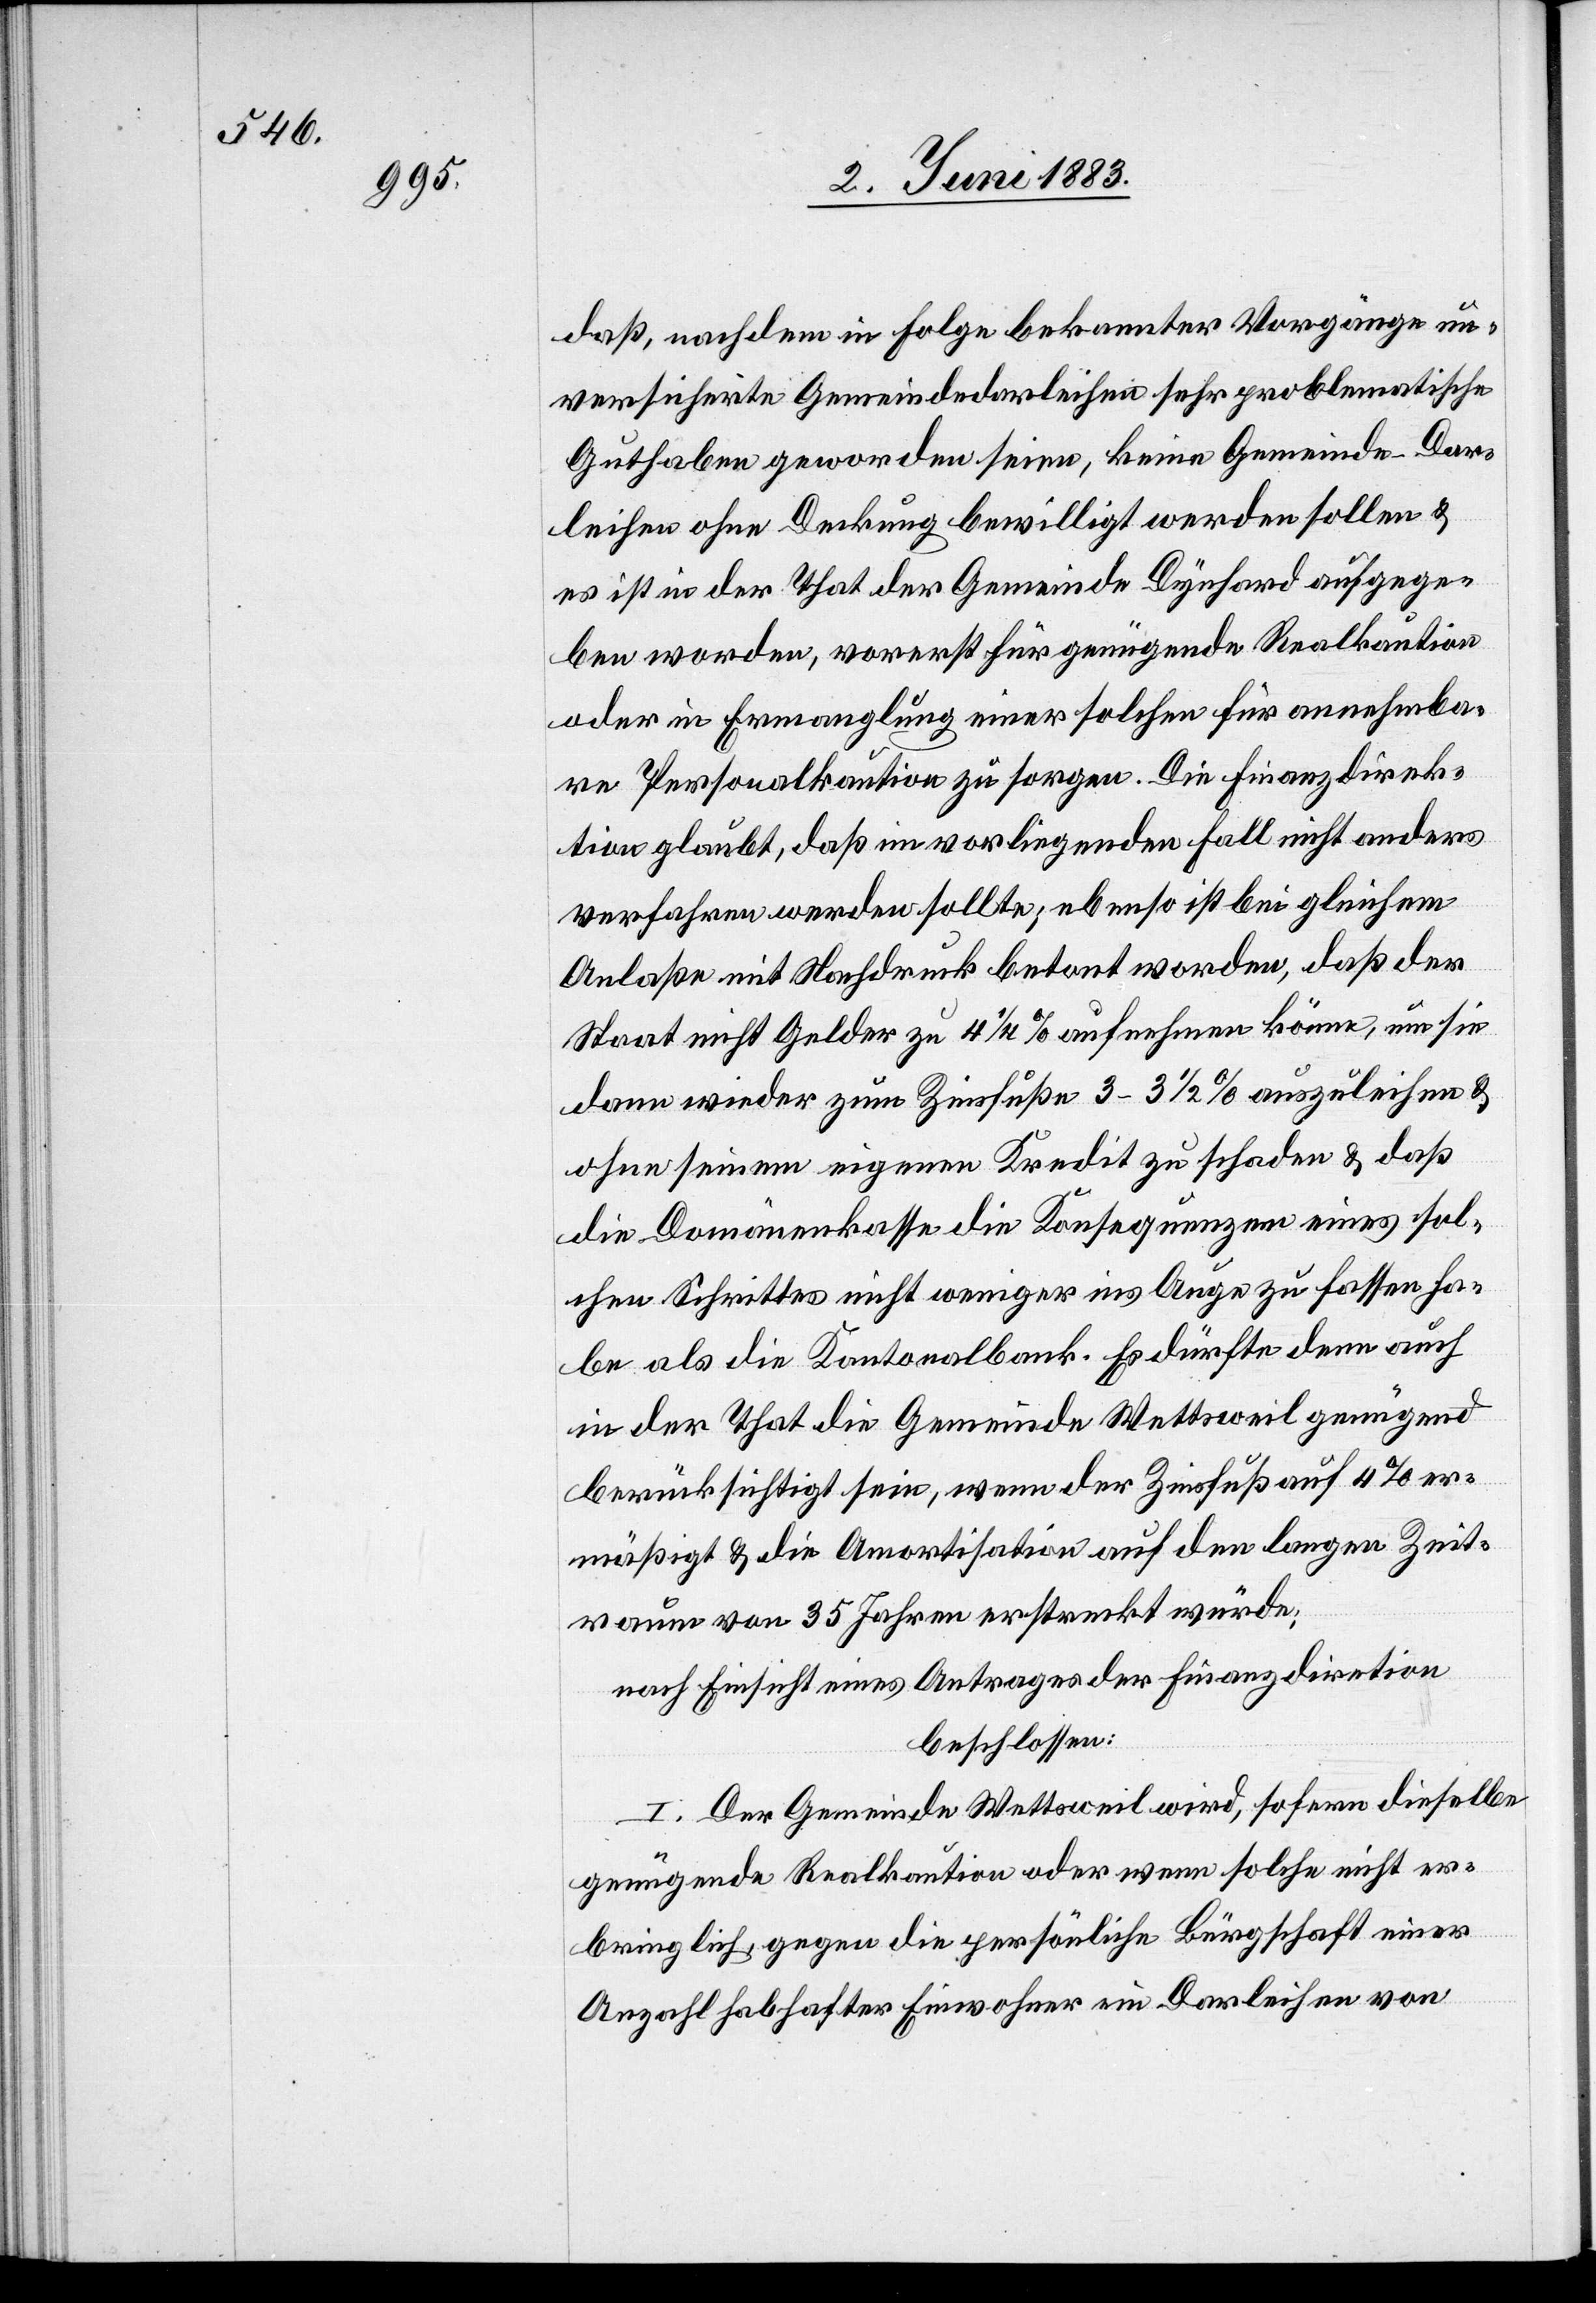
daß, nachdem in Folge bekannter Vorgänge un¬
versicherte Gemeindedarleihen sehr problematische
Guthaben geworden seien, keine Gemeinde-Dar¬
leihen ohne Deckung bewilligt werden sollen &
es ist in der That der Gemeinde Dynhard aufgege¬
ben worden, vorerst für genügende Realkaution
oder in Ermanglung einer solchen für annehmba¬
re Personalkaution zu sorgen. Die Finanzdirek¬
tion glaubt, daß im vorliegenden Fall nicht anders
verfahren werden sollte; ebenso ist bei gleichem
Anlaße mit Nachdruck betont worden, daß der
Staat nicht Gelder zu 4 1/4% aufnehmen könne, um sie
dann wieder zum Zinsfuße 3–3 1/2% auszuleihen &
seinem eigenen Kredit zu schaden & daß
die Domänenkasse die Konsequenzen eines sol¬
chen Schrittes nicht weniger ins Auge zu fassen ha¬
be als die Kantonalbank. Es dürfte denn auch
in der That die Gemeinde Wettsweil genügend
berücksichtigt sein, wenn der Zinsfuß auf 4% er¬
mäßigt & die Amortisation auf den langen Zeit¬
raum von 35 Jahren erstreckt würde;
nach Einsicht eines Antrages der Finanzdirektion
beschlossen:
I. Der Gemeinde Wettsweil wird, sofern dieselbe
genügende Realkaution oder wenn solche nicht er¬
bringlich, gegen die persönliche Bürgschaft einer
Anzahl habhafter Einwohner ein Darleihen von